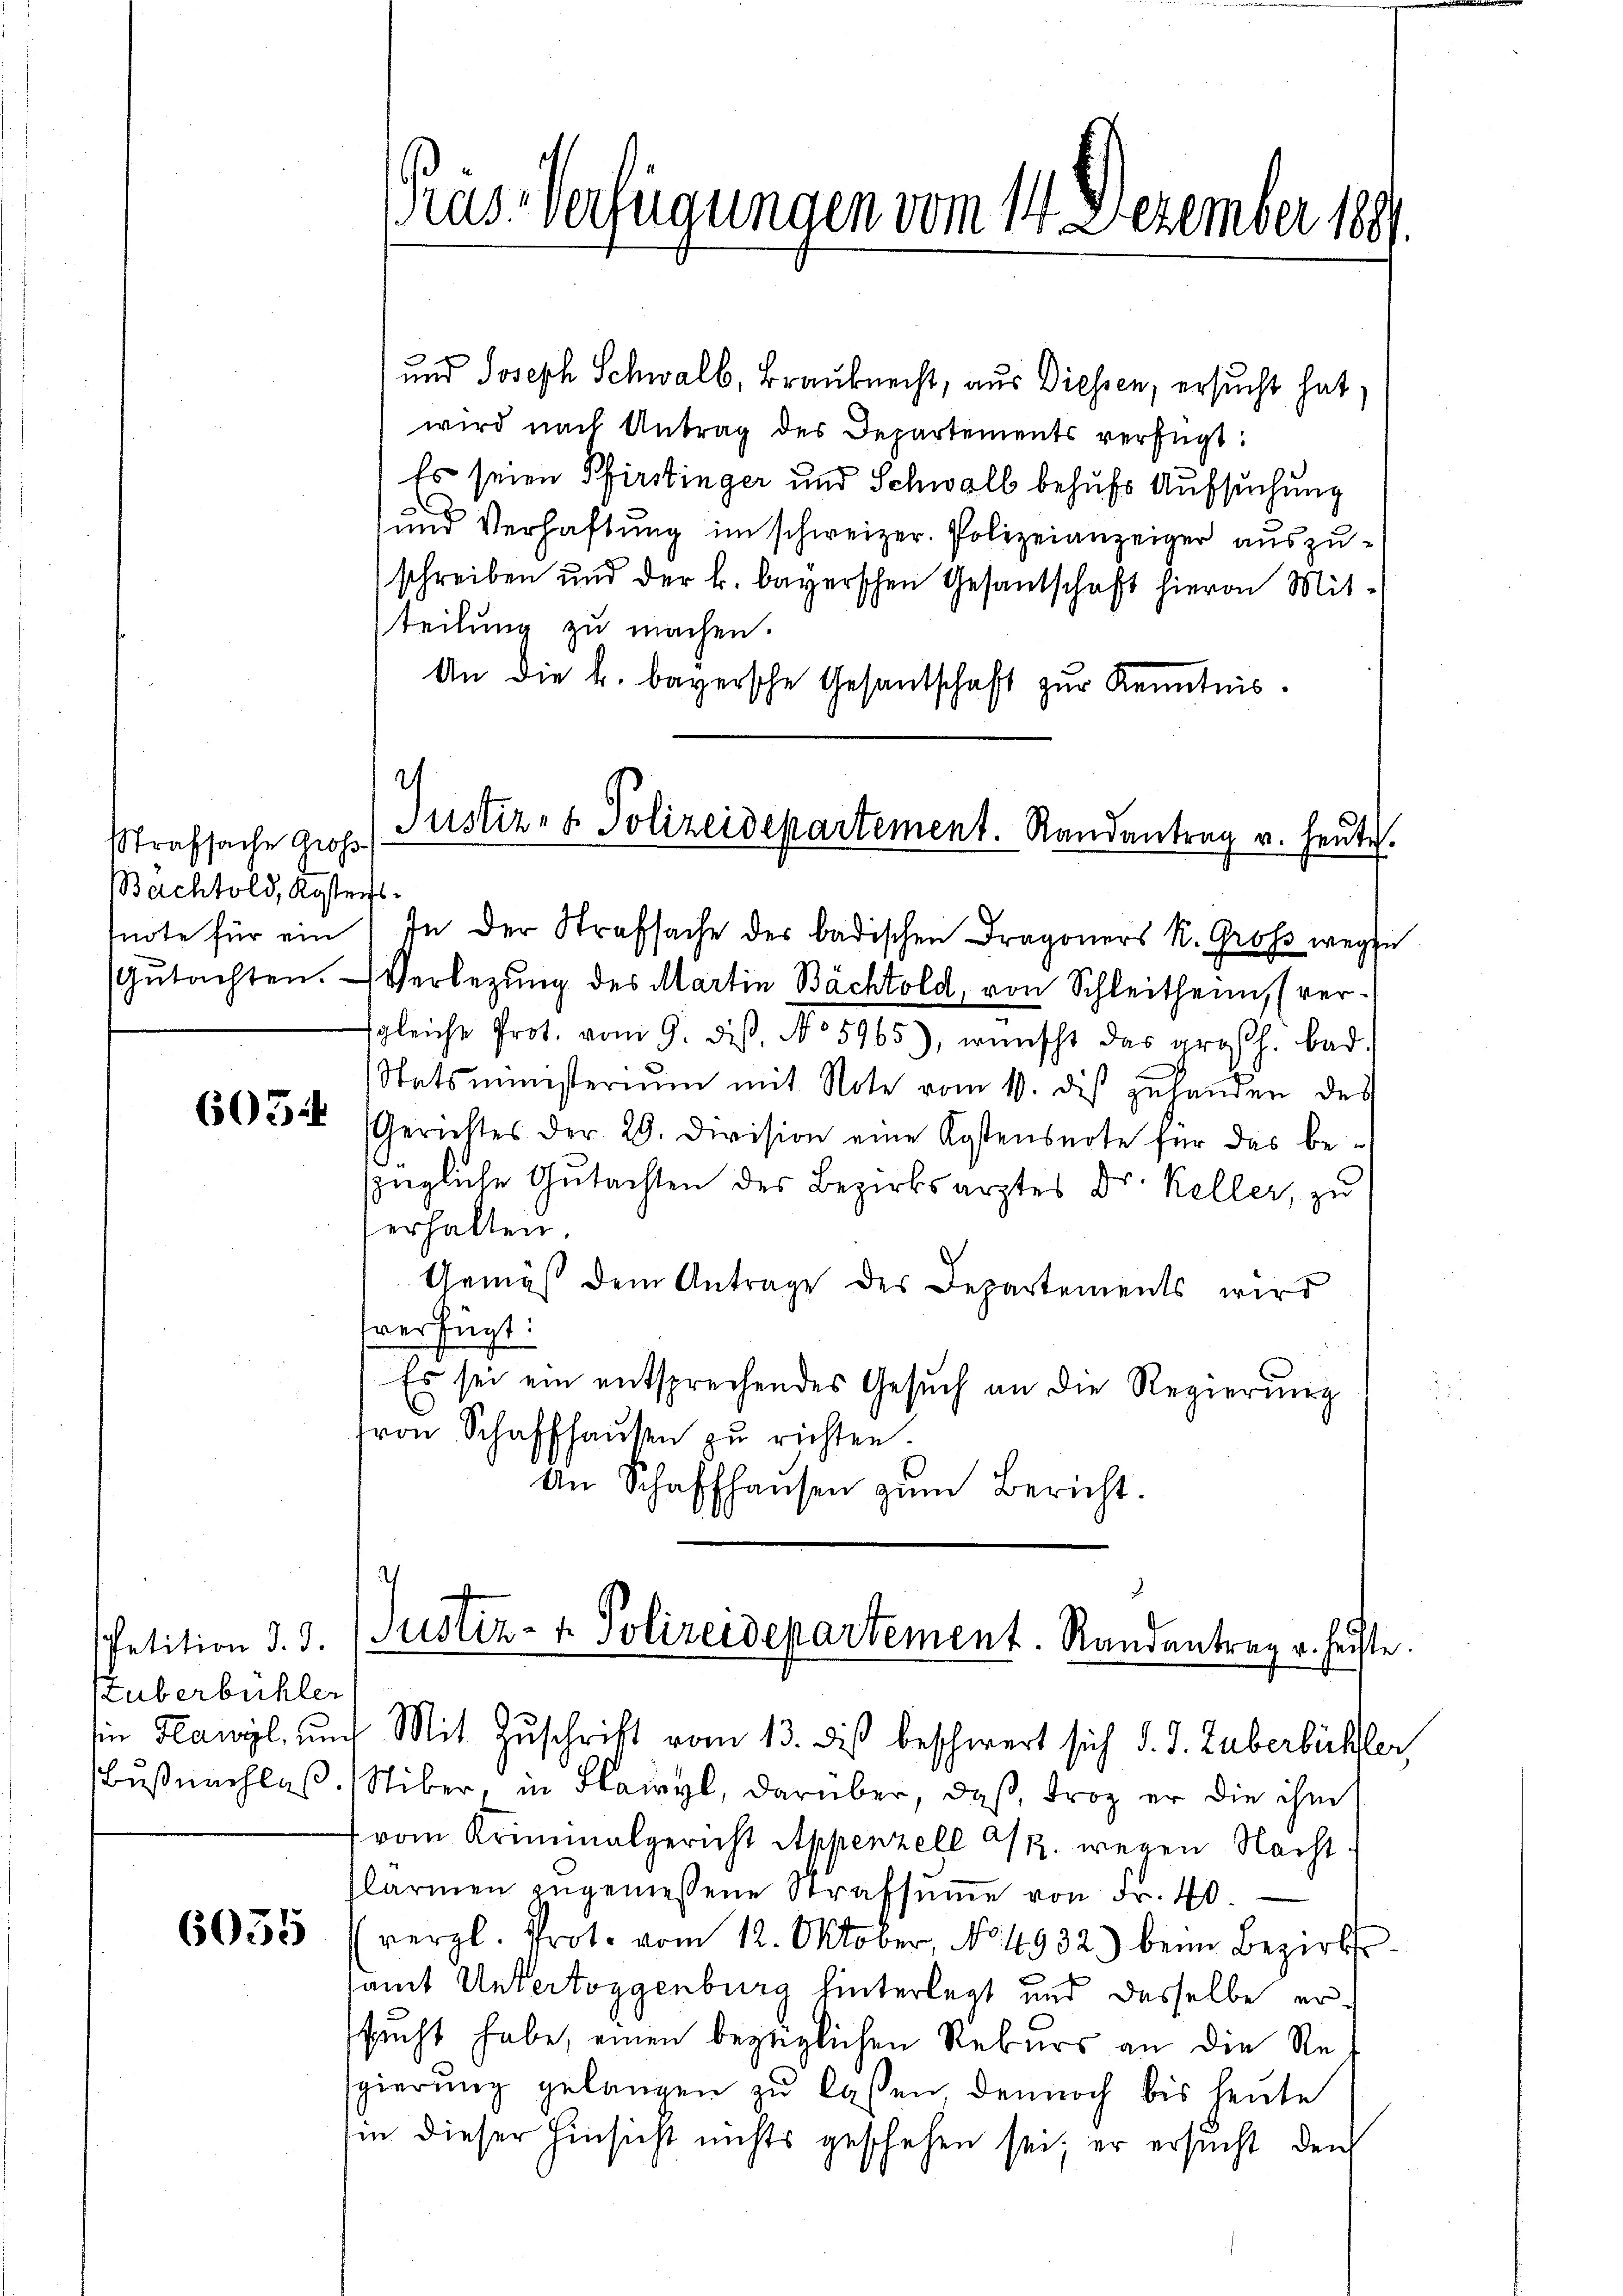
Strafsache Groß
Bachtold, Kosters

603

petition d. d.
stuberbüchler
Buß nachlas

6035

und Joseph Schwalb, Brauknecht, aus Diessen, ersucht hat,
wird nach Antrag des Departements verfügt:
Es seien Pfirstinger und Schwall behufs Aufsuchung
und Verhaftung im schweizer. Polizeianzeiger auszuschreiben und der k. bayerschen Gesantschaft hievon Mit-
teilung zu machen.
An die k. bayersche Gesandschaft zŭr Kenntnis.

Prus-Verfügungen vom 14. Dezember 189

2
Justiz- & Polizeidepartement. Randantrag v. heute.

snote für ein In der Strafsache der badischen Dragoners K. Groß wege
Gŭtachten. Verlegŭng des Martin Bächtold, von Schleitheim, (verfgleiche Prot. vom 9. ds. No 5965), wünscht das großh. bad
Statsministeriŭm mit Note vom 10. des zuhanden des
Gerichtes der 29. Division eine Kostensnote für das be-
zügliche Gutachten des Bezirksarztes Dr. Keller, zu
erhalten.
Gemäß dem Antrage des Departements wird
verfügt:
Es sei ein entsprechendes Gesuch an die Regierung
ron Schaffhausen zu richten.
An Schaffhausen zŭm Bericht.

.
Justiz- & Polizeidepartement. Randantrag u. heiste.

in Hawyl, und Mit Zuschrift vom 13. dieß beschwert sich d. J. Huberbüchler,
Stiber, in Flawyl, darüber, daß Froz er die ihm
vom Kriminalgericht Appenzell 1/2. wegen Nachtlarmen zugemessene Strafsŭṁe von Fr. 40.
vergl. Prot. vom 12. Oktober, No. 4932) beim Bezirks-
samt Untertoggenburg hinterlegt und dasselbe ersucht habe, einen bezüglichen Rekurs an die Resgierung gelangen zu lassen dennoch bis heute
in dieser Hinsicht nichts geschehen sei; er ersucht den